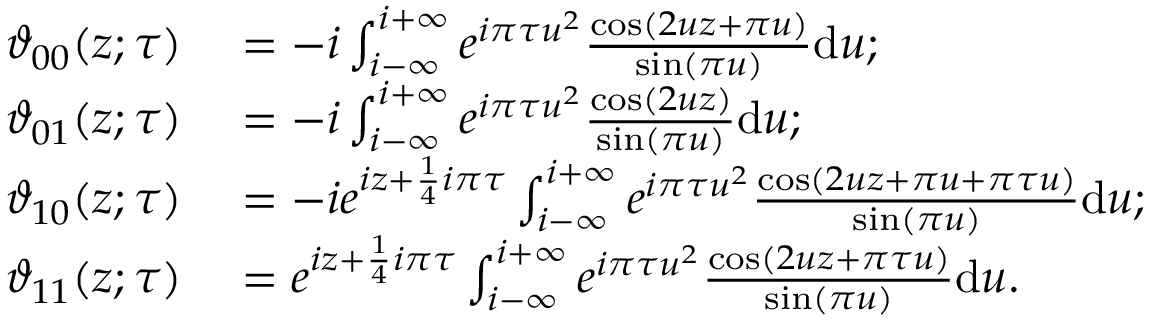
\begin{array} { r l } { \vartheta _ { 0 0 } ( z ; \tau ) } & { { } = - i \int _ { i - \infty } ^ { i + \infty } e ^ { i \pi \tau u ^ { 2 } } { \frac { \cos ( 2 u z + \pi u ) } { \sin ( \pi u ) } } \mathrm { d } u ; } \\ { \vartheta _ { 0 1 } ( z ; \tau ) } & { { } = - i \int _ { i - \infty } ^ { i + \infty } e ^ { i \pi \tau u ^ { 2 } } { \frac { \cos ( 2 u z ) } { \sin ( \pi u ) } } \mathrm { d } u ; } \\ { \vartheta _ { 1 0 } ( z ; \tau ) } & { { } = - i e ^ { i z + { \frac { 1 } { 4 } } i \pi \tau } \int _ { i - \infty } ^ { i + \infty } e ^ { i \pi \tau u ^ { 2 } } { \frac { \cos ( 2 u z + \pi u + \pi \tau u ) } { \sin ( \pi u ) } } \mathrm { d } u ; } \\ { \vartheta _ { 1 1 } ( z ; \tau ) } & { { } = e ^ { i z + { \frac { 1 } { 4 } } i \pi \tau } \int _ { i - \infty } ^ { i + \infty } e ^ { i \pi \tau u ^ { 2 } } { \frac { \cos ( 2 u z + \pi \tau u ) } { \sin ( \pi u ) } } \mathrm { d } u . } \end{array}